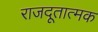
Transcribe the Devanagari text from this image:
राजदूतात्मक